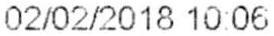
02/02/2018 10:06